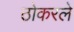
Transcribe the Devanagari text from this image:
ठोकरले